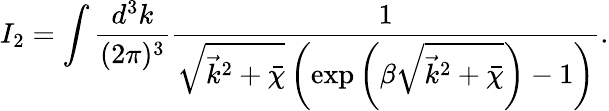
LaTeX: I_{2}=\int\frac{d^{3}k}{(2\pi)^{3}}\frac{1}{\sqrt{\vec{k}^{2}+\bar{\chi}}\left(\exp\left(\beta\sqrt{\vec{k}^{2}+\bar{\chi}}\right)-1\right)}.